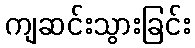
ကျဆင်းသွားခြင်း